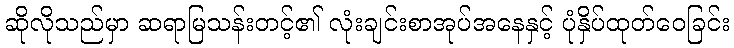
ဆိုလိုသည်မှာ ဆရာမြသန်းတင့်၏ လုံးချင်းစာအုပ်အနေနှင့် ပုံနှိပ်ထုတ်ဝေခြင်း